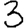
Digit: 3